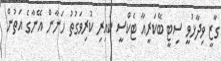
ގާޒީ ވިދާޅުވީ ސިޓީ ބޭކަރީއާ ޓެކްސީ ކައިރި ކުރިވަގުތު ހަނާން އޭނާގެ އަތުން